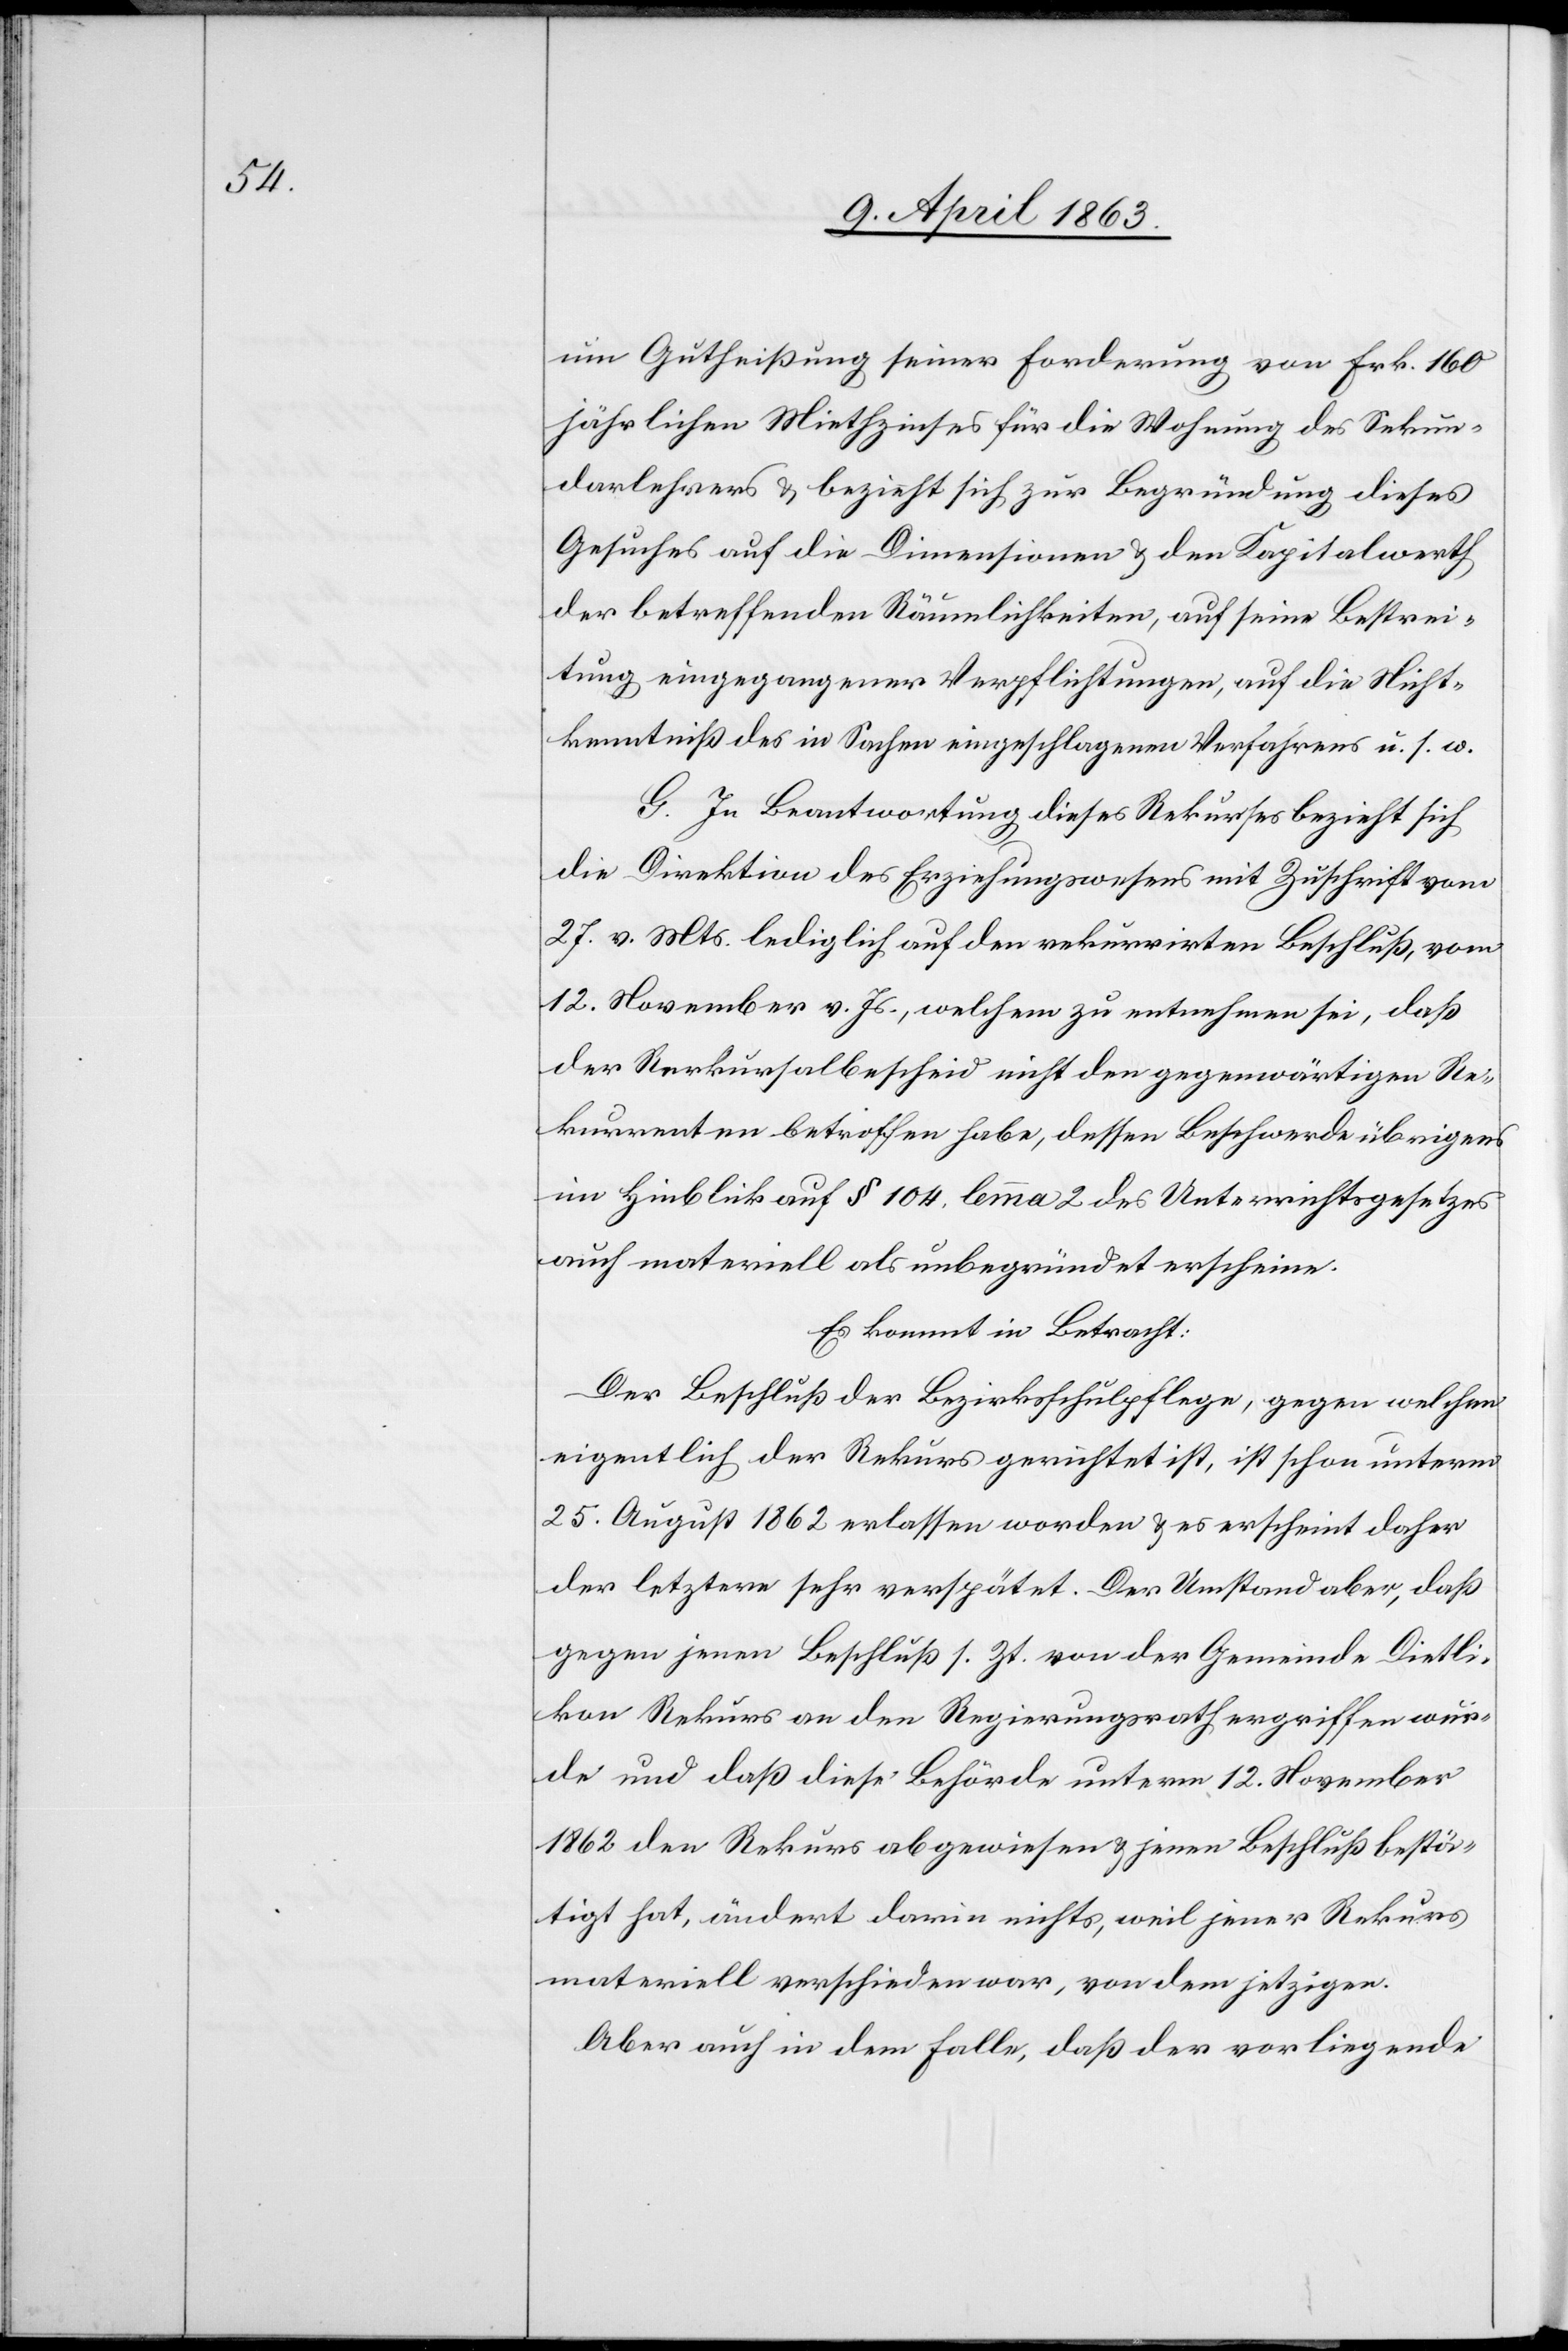
um Gutheißung seiner Forderung von Frk. 160
jährlichen Miethzinses für die Wohnung des Sekun¬
darlehrers & bezieht sich zur Begründung dieses
Gesuches auf die Dimensionen & den Kapitalwerth
der betreffenden Räumlichkeiten, auf seine Bestrei¬
tung eingegangener Verpflichtungen, auf die Nicht¬
kenntniß des in Sachen eingeschlagenen Verfahrens u. s. w.
G. In Beantwortung dieses Rekurses bezieht sich
die Direktion des Erziehungswesens mit Zuschrift vom
27. v. Mts. lediglich auf den rekurrirten Beschluß, vom
12. November v. Js., welchem zu entnehmen sei, daß
der Rekursalbescheid nicht den gegenwärtigen Re¬
kurrenten betroffen habe, dessen Beschwerde übrigens
im Hinblick auf § 104. lemma 2 des Unterrichtsgesetzes
auch materiell als unbegründet erscheine.
Es kommt in Betracht:
Der Beschluß der Bezirksschulpflege, gegen welchen
eigentlich der Rekurs gerichtet ist, ist schon unterm
25. August 1862 erlassen worden & es erscheint daher
der letztere sehr verspätet. Der Umstand aber, daß
gegen jenen Beschluß s. Zt. von der Gemeinde Dietli¬
kon Rekurs an den Regierungsrath ergriffen wur¬
de und daß diese Behörde unterm 12. November
1862 den Rekurs abgewiesen & jenen Beschluß bestä¬
tigt hat, ändert darin nichts, weil jener Rekurs
materiell verschieden war, von dem jetzigen.
Aber auch in dem Falle, daß der vorliegende